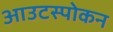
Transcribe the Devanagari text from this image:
आउटस्पोकन